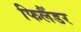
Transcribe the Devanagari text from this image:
फिलैंडर